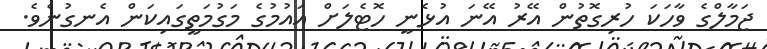
ޖަމާލްގެ ވާހަކަ ހުރިގޮތުން އޭރު އޭނަ އުޅެނީ ހޮޓެލަށް އައުމުގެ މަގުމަތީގައިކަން އެނގުނެވެ.